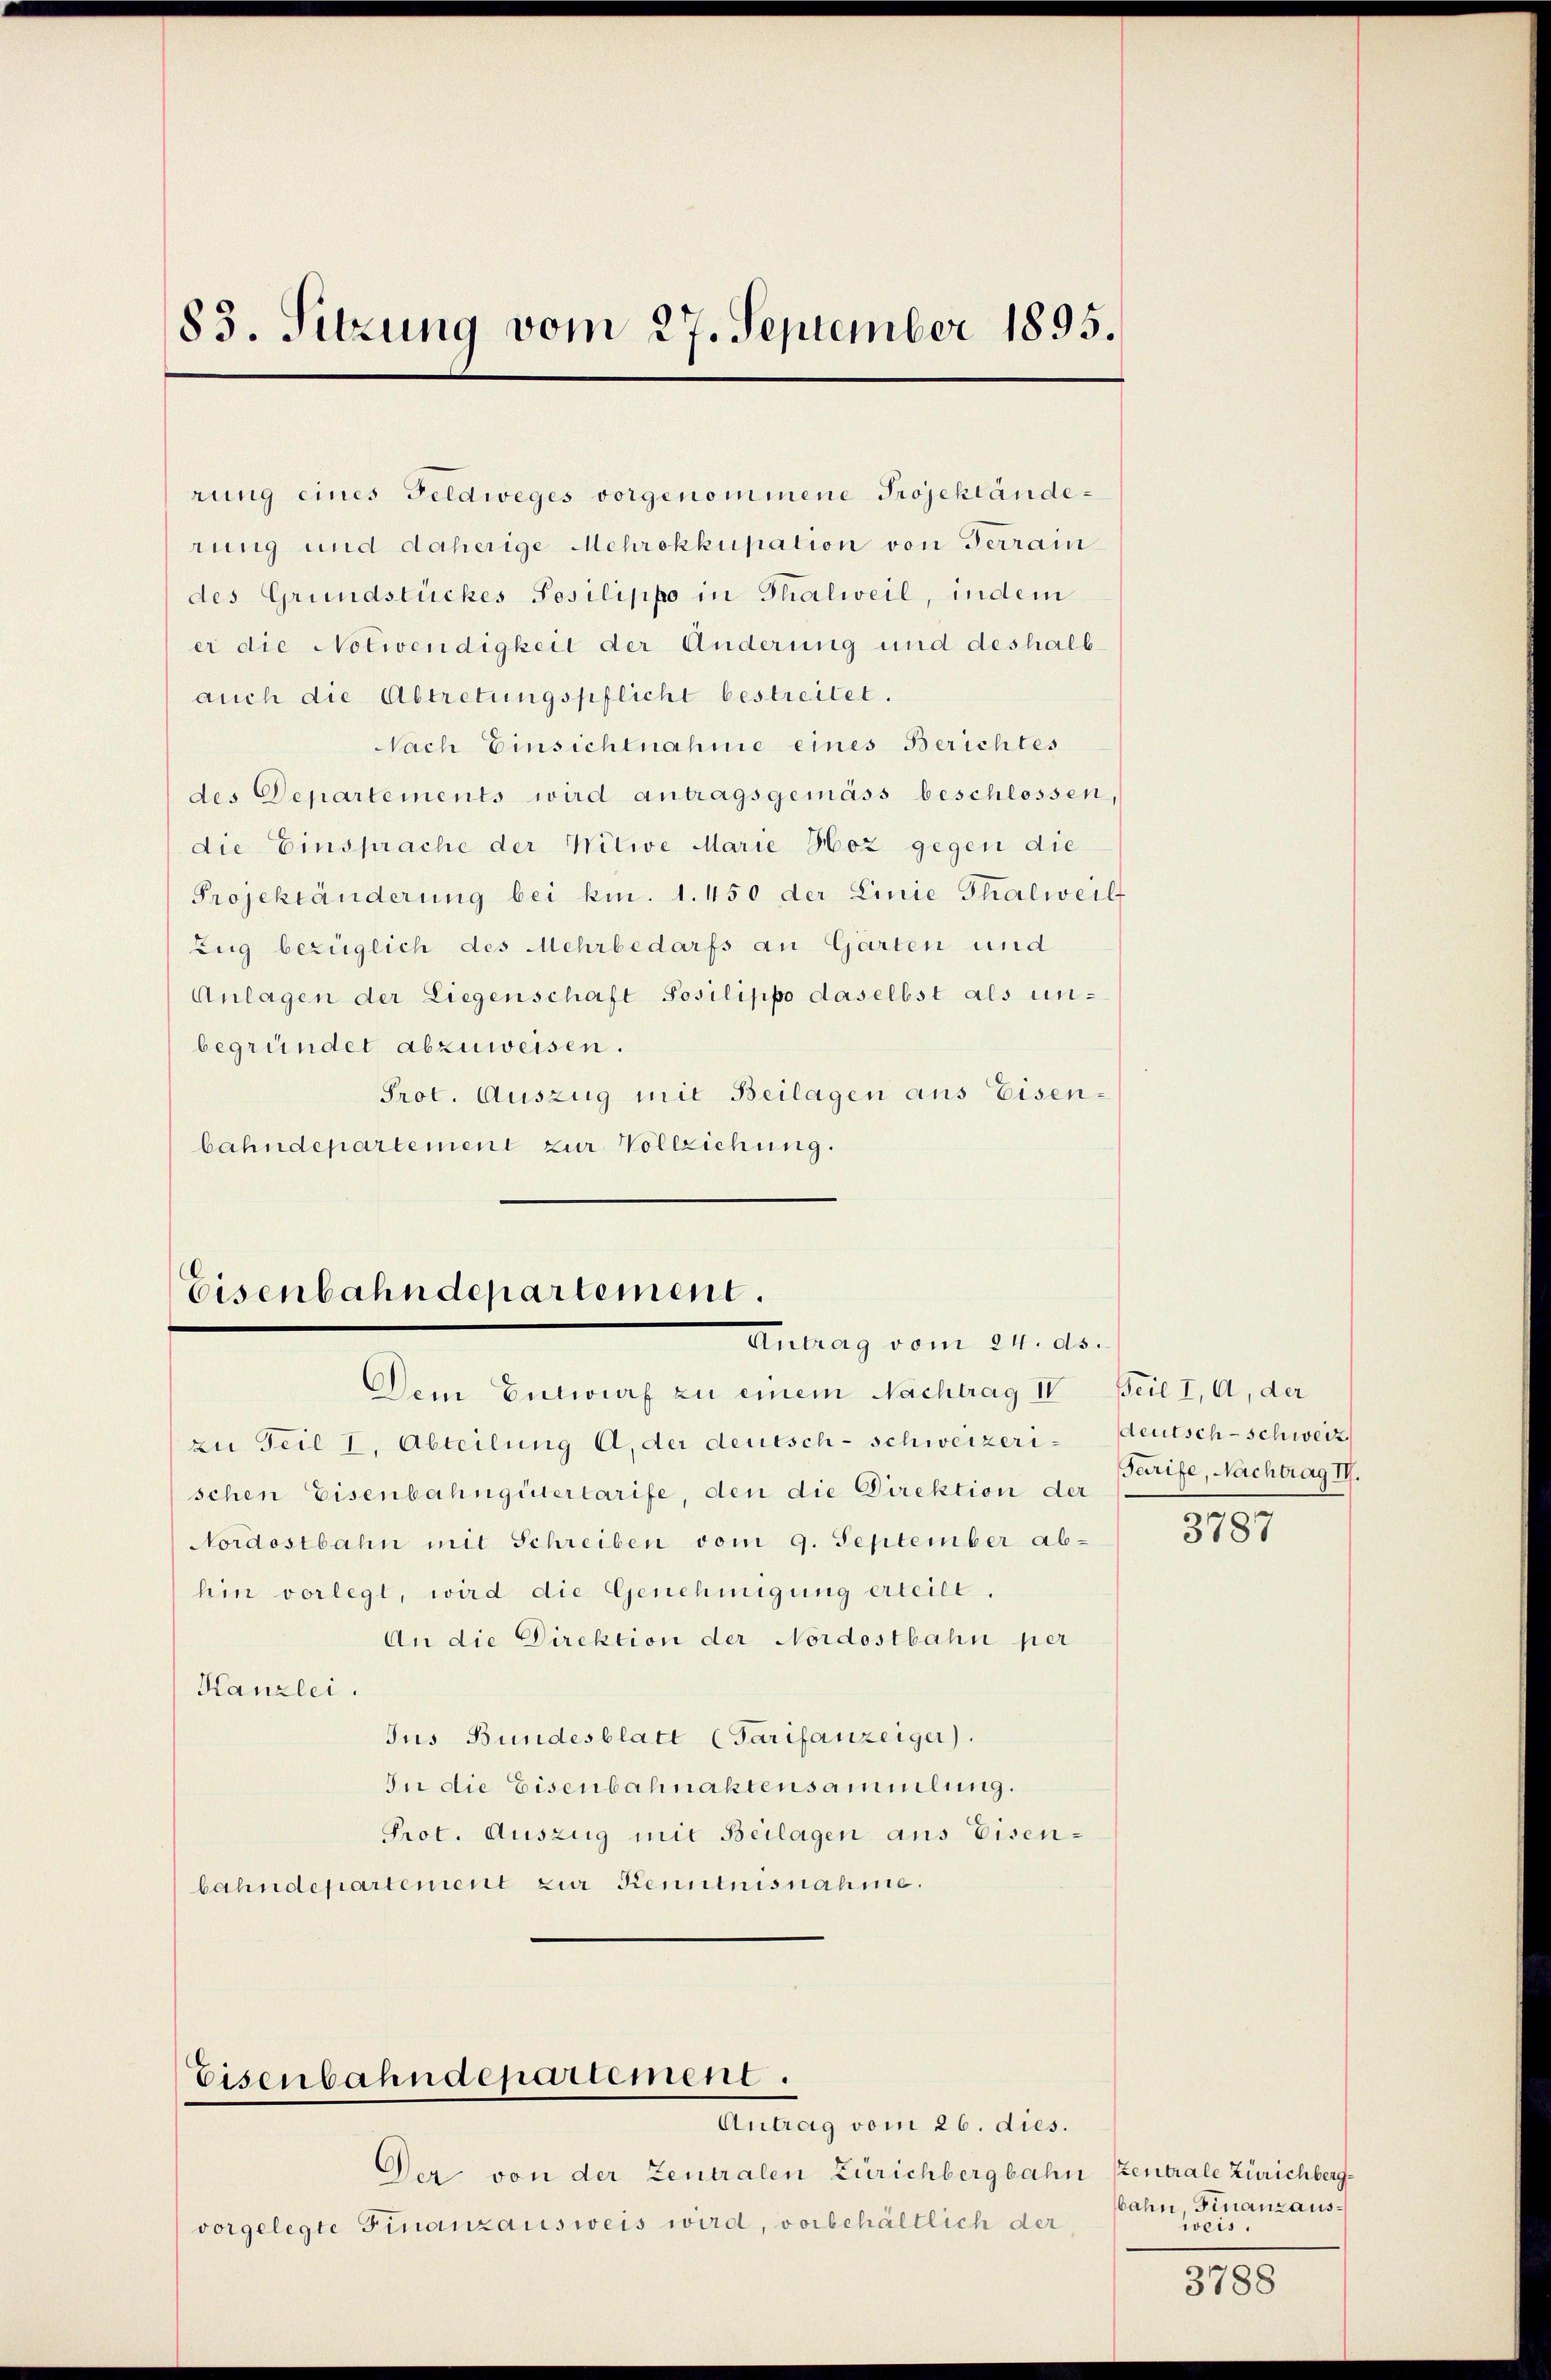
83. Sitzung vom 27. September 1895.

auch die Abtretungspflicht bestreitet.
NNach Einsichtnahme eines Berichtes
des Departements wird antragsgemäss beschlossen,
die Einsprache der Witwe Marie Hoz gegen die
Projektänderung bei km. 1. 450 der Linie Thalweilt
Zug bezüglich des Mehrbedarfs an Gärten und
Anlagen der Liegenschaft Posilippo daselbst als unbegründet abzuweisen.
Prot. Auszug mit Beilagen aus Eisenbahndepartement zur Vollziehung.

rung eines Feldweges vorgenommene Projektänderung und daherige Mehrokkupation von Terrain
des Grundstückes Posilippo in Thalweil, indem
er die Notwendigkeit der Änderung und deshalb-

Eisenbahndepartement.
Antrag vom 24. ds.

zu Teil I, Abteilung A., der deutsch-schweizeri¬
Nordostbahn mit Schreiben vom 9. September ab-
hin vorlegt, wird die Genehmigung erteilt.
An die Direktion der Nordostbahn per
Kanzlei.
Jus Bundesblatt (Tarifanzeiger).
In die Eisenbahnaktensammlung.
Prot. Auszug mit Beilagen aus Eisenbahndepartement zur Kenntnisnahme.

Eisenbahndepartement.

Dem Entwurf zu einem Nachtrag IV
schen Eisenbahngütertarife, den die Direktion der

Der von der Zentralen Zürichbergbah
vorgelegte Finanzausweis wird, vorbehältlich der

Antrag vom 26. dies.

Beil I, A, der
deutsch-schweiz.
Tarife, Nachtrag II.

3787

n szentrale Zürichbergbahn, Finanzausweis.

3788